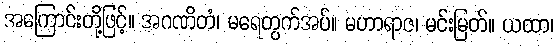
အကြောင်းတို့ဖြင့်။ အဂဏိတံ၊ မရေတွက်အပ်။ မဟာရာဇ၊ မင်းမြတ်။ ယထာ၊